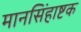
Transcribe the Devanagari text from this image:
मानसिंहाष्टक